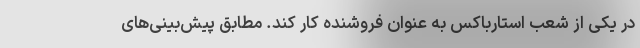
در یکی از شعب استارباکس به عنوان فروشنده کار کند. مطابق پیش‌بینی‌های